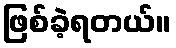
ဖြစ်ခဲ့ရတယ်။